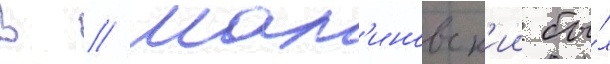
В // Мал'иновск'ии бы́л